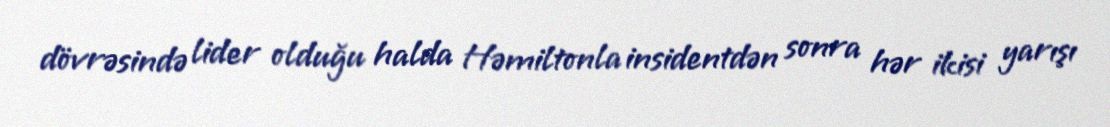
dövrəsində lider olduğu halda Həmiltonla insidentdən sonra hər ikisi yarışı